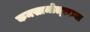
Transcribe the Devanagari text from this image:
कमसामोल्स्कया